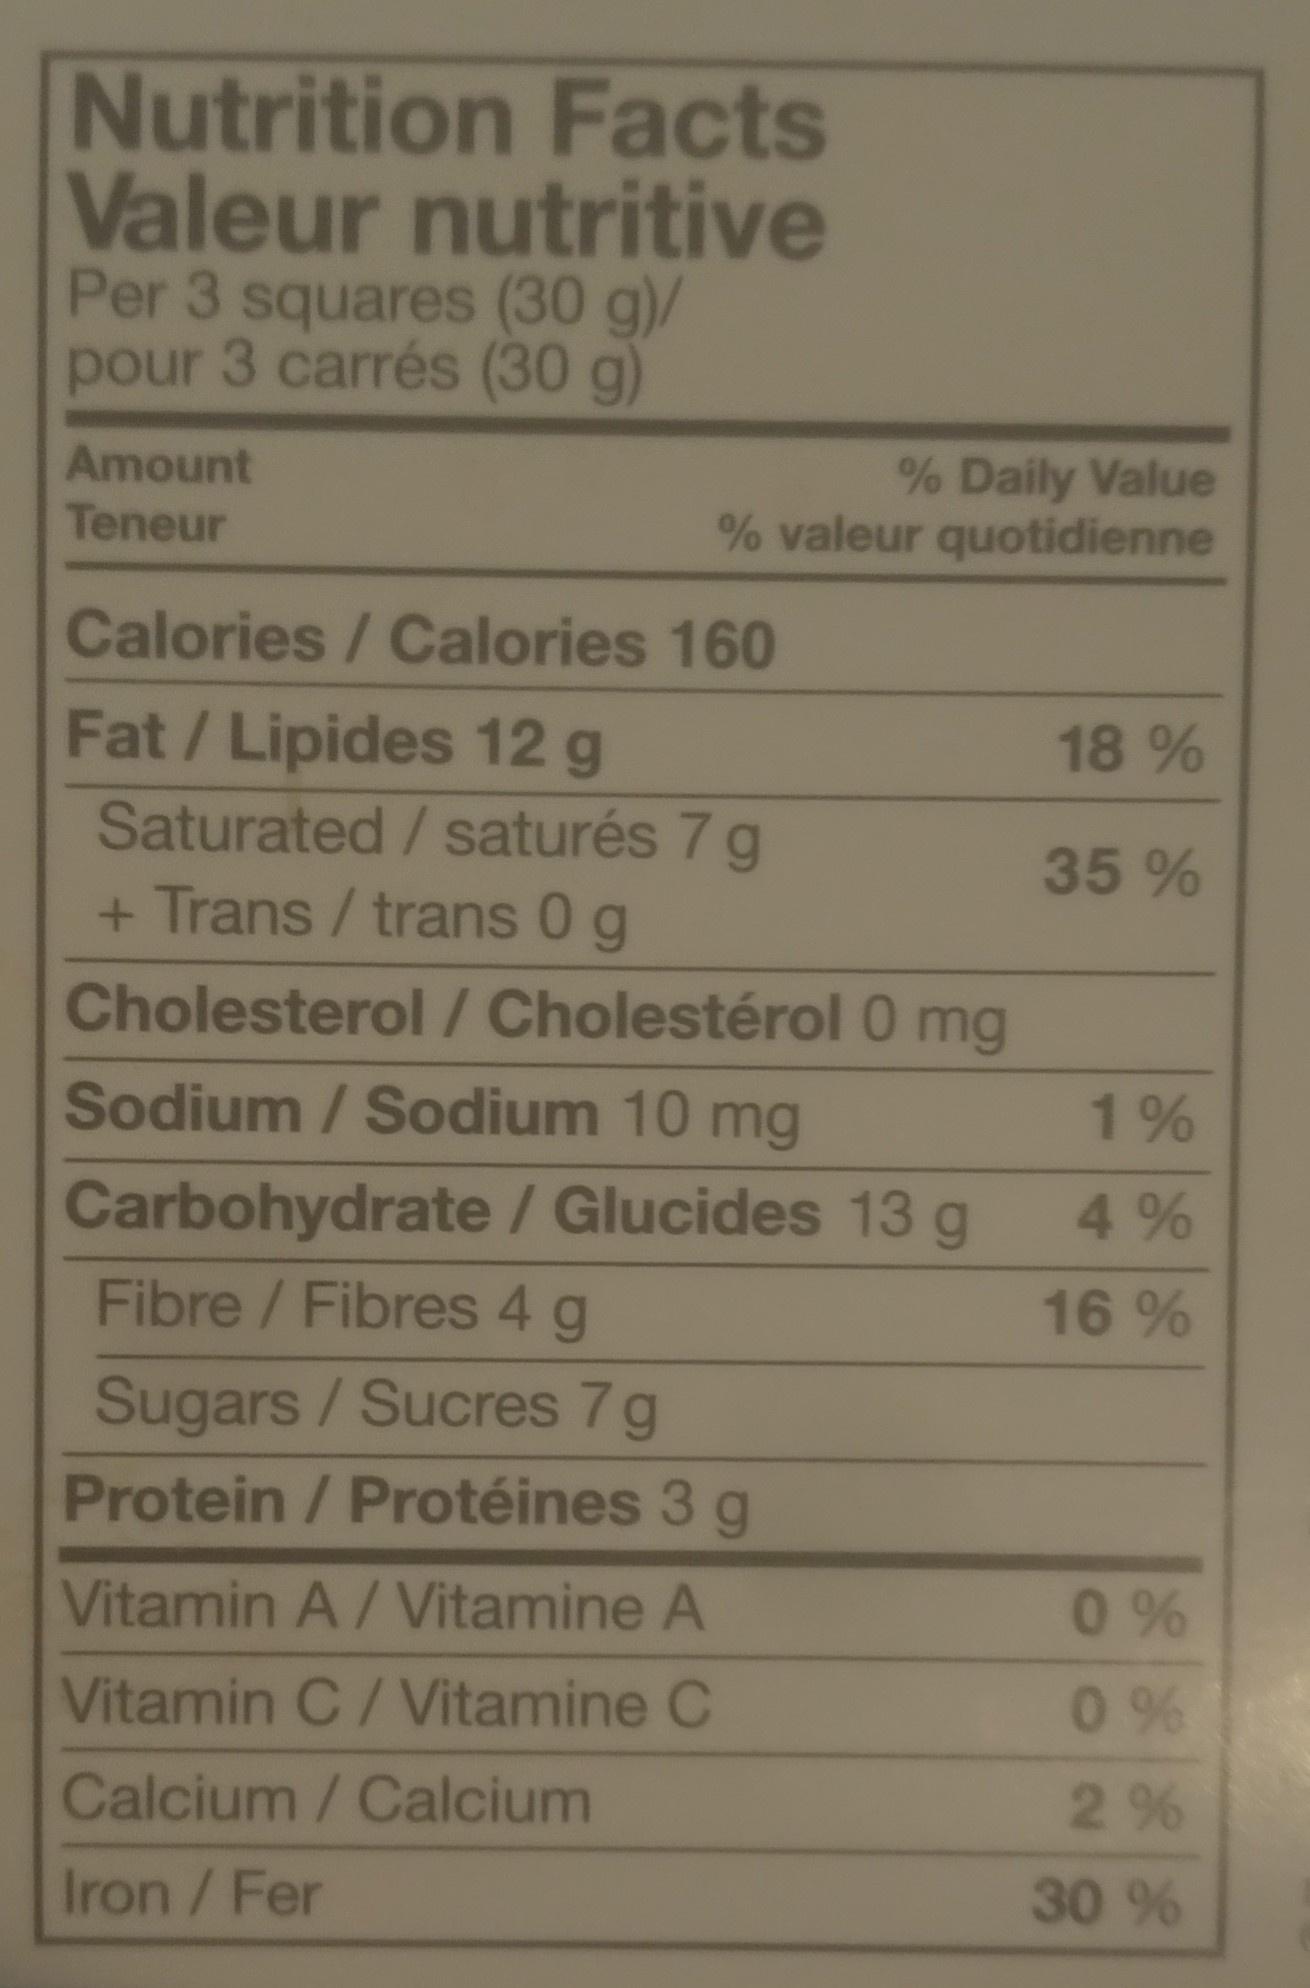
Nutrition Facts Valeur nutritive
Per 3 squares (30 g)/ pour 3 carrés (30 g)
Amount
Teneur
% Daily Value % valeur quotidienne
Calories/Calories 160
Fat/Lipides 12 g
Saturated / saturés 7 g + Trans / trans 0 g
Cholesterol / Cholestérol 0 mg
Sodium / Sodium 10 mg
Carbohydrate / Glucides 13 g
Fibre / Fibres 4 g
Sugars / Sucres 7 g
Protein / Protéines 3 g
Vitamin A / Vitamine A
Vitamin C / Vitamine C
Calcium / Calcium
Iron / Fer
18 %
35%
1%
4%
16 %
0%
0%
2%
30 %